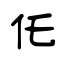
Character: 仛